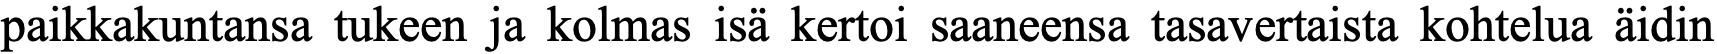
paikkakuntansa tukeen ja kolmas isä kertoi saaneensa tasavertaista kohtelua äidin